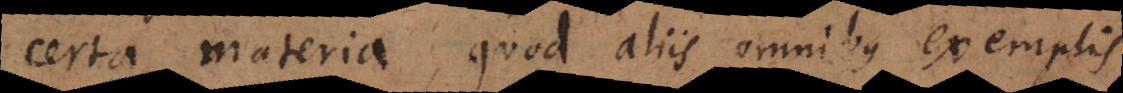
certa materia, quod aliis omnibus exemplis